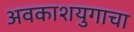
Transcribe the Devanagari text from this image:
अवकाशयुगाचा